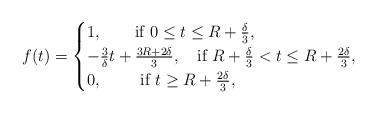
LaTeX: \begin{align*} f(t) = \begin{cases} 1, \ \ \ \ \ \ \mbox{if} \ 0 \leq t \leq R + \frac{\delta}{3} ,\\ -\frac{3}{\delta}t + \frac{3R + 2 \delta}{3},\ \ \ \mbox{if} \ R + \frac{\delta}{3} < t \leq R + \frac{2\delta}{3}, \\ 0, \ \ \ \ \ \ \ \mbox{if} \ t \geq R + \frac{2\delta}{3} , \end{cases}\end{align*}